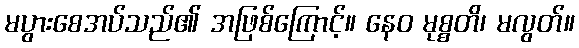
မပွားစေအပ်သည်၏ အဖြစ်ကြောင့်။ နေဝ မုစ္စတိ၊ မလွတ်။